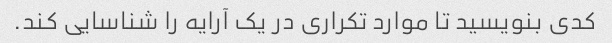
کدی بنویسید تا موارد تکراری در یک آرایه را شناسایی کند.